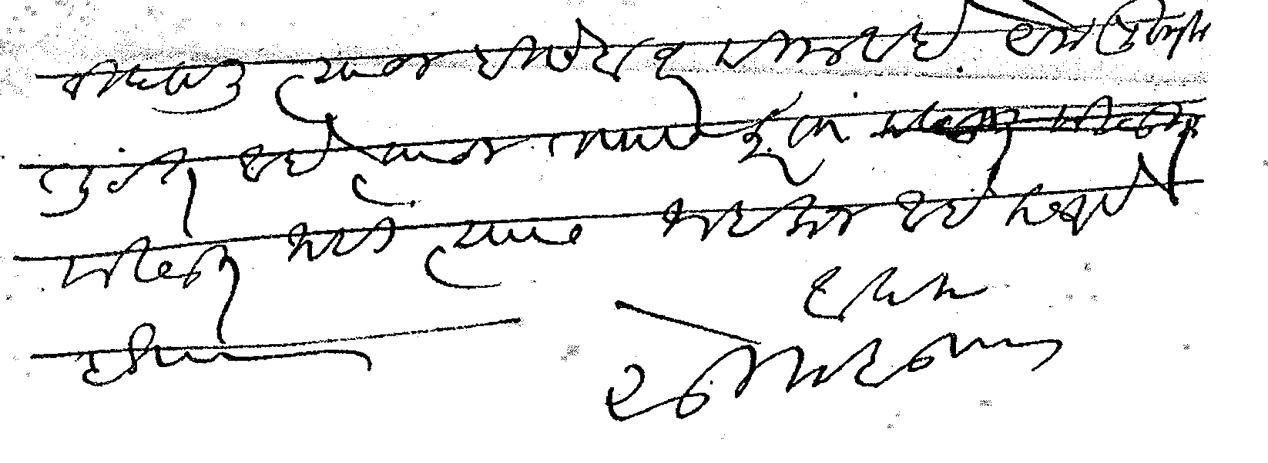
Transliteration (Devanagari): निज्ञाली त्याचा हिसेब वर दिला आहे. येक पुस्तक तुटत आहे त्याचा तपास करता मिळत नाही त्यास नाईलाज आहे कळावे हे वि आपला सु मे बुटाला